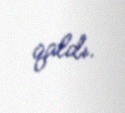
qaldı.